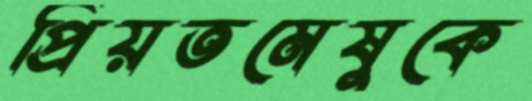
প্রিয়তমেষুকে